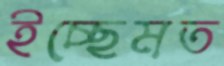
ইচ্ছেমত